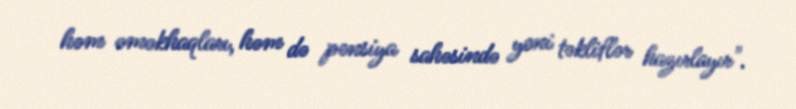
həm əməkhaqları, həm də pensiya sahəsində yeni təkliflər hazırlayır".